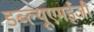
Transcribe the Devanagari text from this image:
डब्ल्यूएमईजी